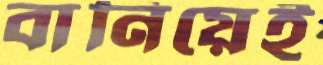
বানিয়েই